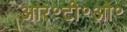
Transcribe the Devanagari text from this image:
आर॰टी॰ओ॰